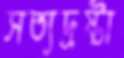
সত্যদ্রষ্টা